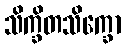
သိက္ခိတသိက္ခော